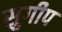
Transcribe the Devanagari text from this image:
सुगीप